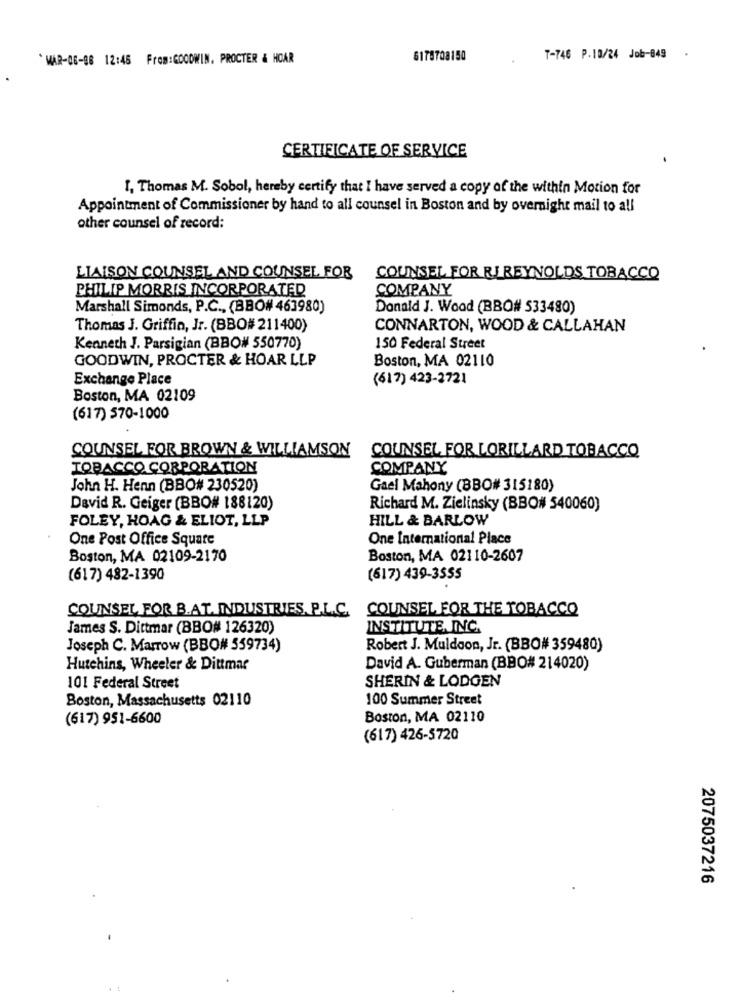
`MAR-06-08 12:45 From:GOODWIN. PROCTER & HOAR
6178708150
T-746 P.10/24 Job-849
CERTIFICATE OF SERVICE
I, Thomas M. Sobol, hereby certify that I have served a copy of the within Motion for
Appointment of Commissioner by hand to all counsel in Boston and by overnight mail to all
other counsel of record:
LIAISON COUNSEL AND COUNSEL FOR
COUNSEL FOR RJ REYNOLDS TOBACCO
PHILIP MORRIS INCORPORATED
COMPANY
Marshall Simonds, P.C ., (BBO# 463980)
Donald J. Wood (BBQ# 533480)
Thomas J. Griffin, Jr. (BBO# 211400)
CONNARTON, WOOD & CALLAHAN
Kenneth J. Parsigian (BBO# 550770)
150 Federal Street
GOODWIN, PROCTER & HOAR LLP
Boston, MA 02110
Exchange Place
(617) 423-2721
Boston, MA 02109
(617) 570-1000
COUNSEL FOR BROWN & WILLIAMSON
COUNSEL FOR LORILLARD TOBACCO
TOBACCO CORPORATION
COMPANY
John H. Henn (BBO# 230520)
Gael Mahony (BBO# 315180)
David R. Geiger (BBO# 188120)
Richard M. Zielinsky (BBO# 540060)
FOLEY, HOAG & ELIOT, LLP
HILL & BARLOW
One Post Office Square
One International Place
Boston, MA 02109-2170
Boston, MA 02110-2607
(617) 482-1390
(617) 439-3555
COUNSEL FOR B.AT. INDUSTRIES. P.L.C.
COUNSEL FOR THE TOBACCO
James S. Dittmar (BBQ# 126320)
INSTITUTE, INC.
Joseph C. Marrow (BBO# 559734)
Robert J. Muldoon, Jr. (BBO# 359480)
Hutchins, Wheeler & Dittmar
David A. Guberman (BBO# 214020)
101 Federal Street
SHERIN & LODGEN
Boston, Massachusetts 02110
100 Summer Street
(617) 951-6600
Boston, MA 02110
(617) 426-5720
2075037216